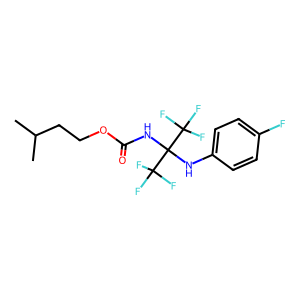
SMILES: CC(C)CCOC(=O)NC(Nc1ccc(F)cc1)(C(F)(F)F)C(F)(F)F
Inhibits HIV replication: No